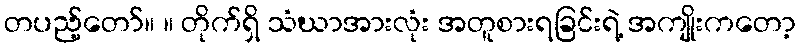
တပည့်တော်။ ။ တိုက်ရှိ သံဃာအားလုံး အတူစားရခြင်းရဲ့ အကျိုးကတော့